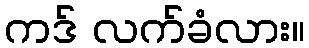
ကဒ် လက်ခံလား။